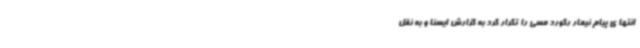
انتها ی پیام نیمار رکورد مسی را تکرار کرد به گزارش ایسنا و به نقل